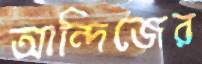
আন্দিজের